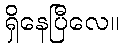
ရှိနေပြီလေ။